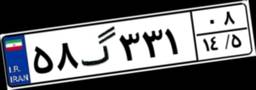
۵۸گ۳۳۱۰۸